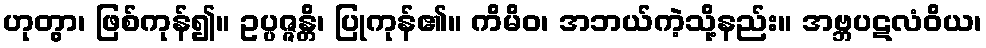
ဟုတွာ၊ ဖြစ်ကုန်၍။ ဥပ္ပဇ္ဇန္တိ၊ ပြုကုန်၏။ ကိမိဝ၊ အဘယ်ကဲ့သို့နည်း။ အဗ္ဘပဋလံဝိယ၊